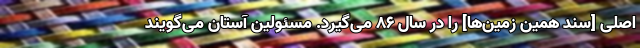
اصلی [سند همین زمین‌ها] را در سال ۸۶ می‌گیرد. مسئولین آستان می‌گویند